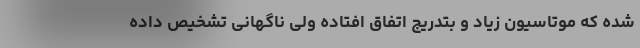
شده که موتاسیون زیاد و بتدریج اتفاق افتاده ولی ناگهانی تشخیص داده